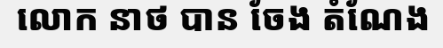
លោក នាថ បាន ចែង តំណែង